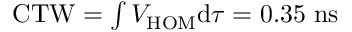
\begin{array} { r } { \mathrm { C T W } = \int V _ { \mathrm { H O M } } \mathrm { d } \tau = 0 . 3 5 \ \mathrm { n s } } \end{array}